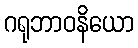
ဂရုဘာဝနိယော